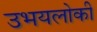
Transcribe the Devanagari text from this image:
उभयलोकी